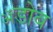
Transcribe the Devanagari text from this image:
ॲडोब